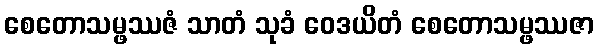
စေတောသမ္ဖဿဇံ သာတံ သုခံ ဝေဒယိတံ စေတောသမ္ဖဿဇာ